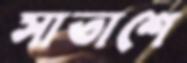
সাতাশে